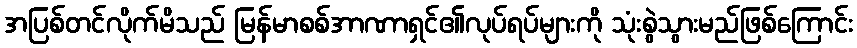
အပြစ်တင်လိုက်မိသည် မြန်မာစစ်အာဏာရှင်၏လုပ်ရပ်များကို သုံးစွဲသွားမည်ဖြစ်ကြောင်း